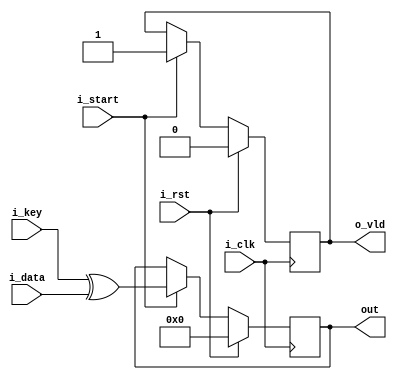
module addRoundKey_last (i_start,i_clk,i_rst,i_data, out, i_key,o_vld);
input i_start;
input i_clk,i_rst;
input [127:0] i_data;
input [127:0] i_key;
output reg [127:0] out;
output reg o_vld;
always @(posedge i_clk)
begin
	if(i_rst)
	begin
	out <= 128'd0;
	o_vld <= 1'b0;
	end
	
	else if(i_start)
	begin
	out <= i_key ^ i_data;
	o_vld <= 1'b1;
	end
end

endmodule